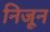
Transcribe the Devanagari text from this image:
निजून